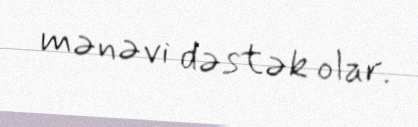
mənəvi dəstək olar.